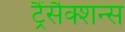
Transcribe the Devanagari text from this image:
ट्रैंसैक्शन्स